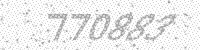
Solution: 770883